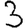
Digit: 3